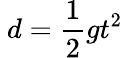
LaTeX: \ d={\frac{1}{2}}gt^{2}